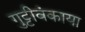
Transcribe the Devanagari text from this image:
गुट्टीवंकाया